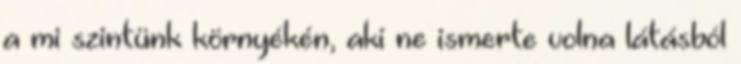
a mi szintünk környékén, aki ne ismerte volna látásból